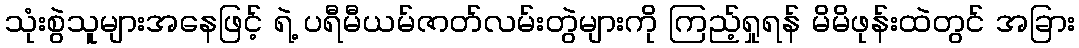
သုံးစွဲသူများအနေဖြင့် ရဲ့ ပရီမီယမ်ဇာတ်လမ်းတွဲများကို ကြည့်ရှုရန် မိမိဖုန်းထဲတွင် အခြား